Punjab Mental Hospital Lahore 1922-31 - 1922-1931
Year: 1922
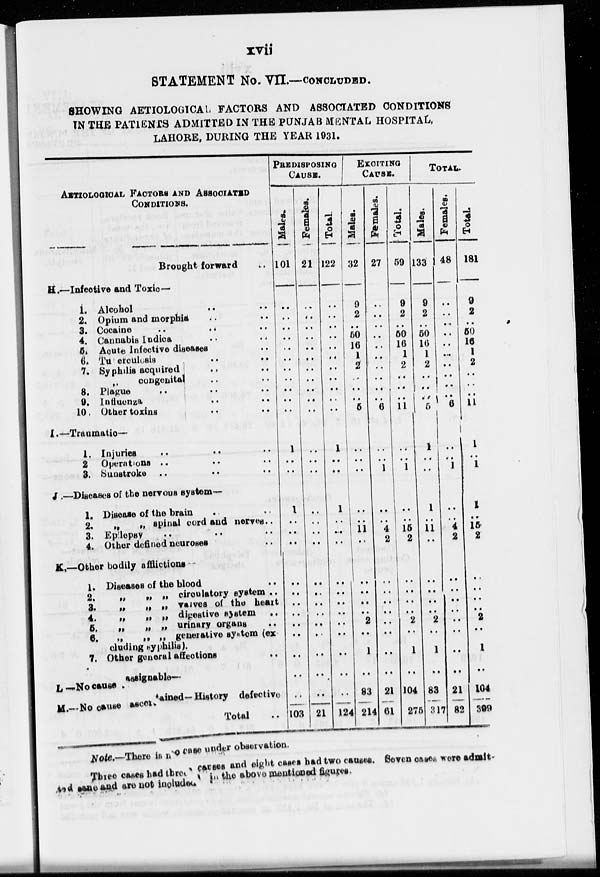
xvii
STATEMENT No. VII.—CONCLUDED.
SHOWING AETIOLOGICAL FACTORS AND ASSOCIATED CONDITIONS
IN THE PATIENTS ADMITTED IN THE PUNJAB MENTAL HOSPITAL,
LAHORE, DURING THE YEAR 1931.
AETIOLOGICAL FACTORS AND ASSOCIATED
CONDITIONS.
Brought forward ..
H.—Infeotive and Toxic—
1. Alcohol .. .. .. ..
2. Opium and morphia .. .. ..
3. Cocaine .. .. .. ..
4. Cannabis Indica
..
..
..
5. Acute Infective diseases .. ..
6. Tuterculosis .. .. ..
7. Syphilis acquired .. ..
„ congenital .. .. ..
8. Plague .. .. .. ..
9. Influenza .. .. .. ..
10. Other toxins .. .. ..
I.—Traumatic—
1. Injuries
..
..
..
..
2 Operations .. .. .. ..
3. Sunstroke .. .. .. ..
J .—Diseases of the nervous system—
1. Disease of the brain .. .. ..
2.
„
„ spinal cord and nerves .. ..
3. Epilepsy .. .. .. ..
4. Other defined neuroses .. .. ..
K.—Other bodily afflictions
1. Diseases of the blood .. .. ..
2,
„ „ „ circulatory system .. ..
3. „ „ „ valves of the heart .. ..
4.
„
„
„
digestive system .. ..
5. „ „ „ urinary organs .. ..
6. „ „ „ generative system (ex
cluding syphilis).
7. Other general affections .. ..
L—No cause .assignable—
M.—No cause ascentained-History defective
Total
PREDISPOSING
CAUSE.
Males.
101
..
..
..
..
..
..
..
..
..
..
..
1
..
..
1
..
..
..
..
..
..
..
..
..
..
..
..
103
Females.
21
..
..
..
..
..
..
..
..
..
..
..
..
..
..
..
..
..
..
..
..
..
..
..
..
..
..
..
21
Total.
122
..
..
..
..
..
..
..
..
..
..
..
1
..
..
1
..
..
..
..
..
..
..
..
..
..
..
..
124
EXCITING
CAUSE.
Males.
32
9
2
..
50
16
1
2
..
..
..
5
..
..
..
..
..
11
..
..
..
..
..
2
..
1
..
83
214
Females.
27
..
..
..
..
..
..
..
..
..
..
6
..
..
1
..
..
4
2
..
..
..
..
..
..
..
..
21
61
Total.
59
9
2
..
50
16
1
2
..
..
..
11
..
..
1
..
..
15
2
..
..
..
..
2
..
1
..
104
275
TOTAL.
Males.
133
9
2
50
16
1
2
..
..
..
5
1
..
..
1
..
11
..
..
..
..
..
2
1
..
83
317
Females.
48
..
..
..
..
..
..
..
..
..
6
..
..
1
..
..
4
2
..
..
..
..
..
..
..
21
82
Total.
181
9
2
50
16
1
2
..
..
..
11
1
..
1
1
..
15
2
..
..
..
..
2
1
..
104
399
Note.—There is no case under observation.
There cases had three causes and eight cases had two causes. Seven cases were admit-
ted sane and are not included in the above mentioned figures.